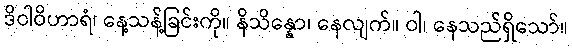
ဒိဝါဝိဟာရံ၊ နေ့သန့်ခြင်းကို။ နိသိန္နော၊ နေလျက်။ ဝါ၊ နေသည်ရှိသော်။